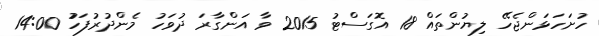
ހުށަހަޅަންޖެހޭ ލިޔުންތައް 18 އޮގަސްޓު 2015 ވާ އަންގާރަ ދުވަހު މެންދުރުފަހުު 14:00